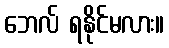
ဘေလ် ရနိုင်မလား။